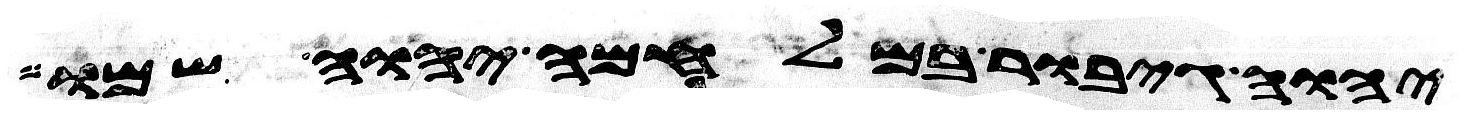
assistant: יהוה גיבור במלחמה יהוה שמו